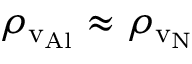
\rho _ { \mathrm { v _ { A l } } } \approx \rho _ { \mathrm { v _ { N } } }